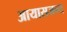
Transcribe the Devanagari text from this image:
आयासजन्य